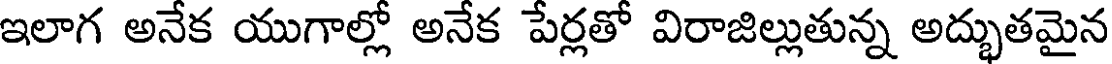
ఇలాగ అనేక యుగాల్లో అనేక పేర్లతో విరాజిల్లుతున్న అద్భుతమైన